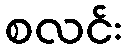
စလင်း